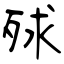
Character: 殏